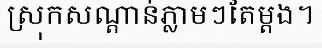
ស្រុកសណ្តាន់ភ្លាមៗតែម្តង។